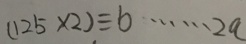
( 1 2 5 \times 2 ) \div b \cdots 2 a